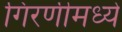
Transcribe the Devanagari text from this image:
गिरणीमध्ये